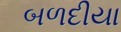
બળદીયા